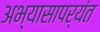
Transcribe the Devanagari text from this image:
अभ्यासापर्यंत